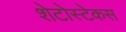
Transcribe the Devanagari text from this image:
शेटोस्टेकस